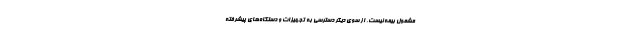
مشمول بیمه نیست. از سوی دیگر دسترسی به تجهیزات و دستگاه‌های پیشرفته